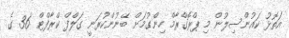
އަތޮޅު ކައުންސިލުން މި ޕްރޮގްރާމް ހިންގުމަށް ބޭނުންކުރަނީ ގަލްފް ކްރާފްޓް '36 ގެ